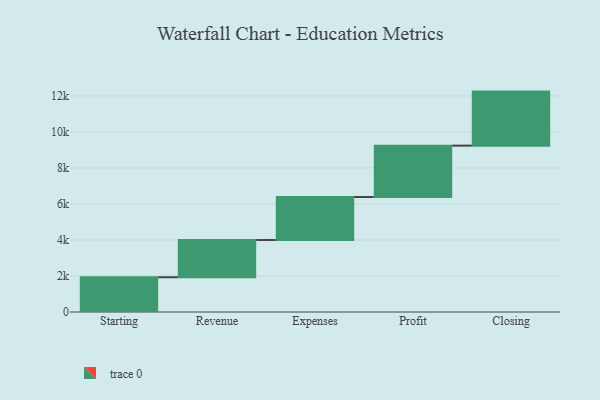
{"axis": {"x": "Step", "y": "Value"}, "legend": [""], "data": [{"x": "Starting", "y": 1930.0, "type": ""}, {"x": "Revenue", "y": 2066.0, "type": ""}, {"x": "Expenses", "y": 2388.0, "type": ""}, {"x": "Profit", "y": 2854.0, "type": ""}, {"x": "Closing", "y": 3000, "type": ""}]}